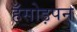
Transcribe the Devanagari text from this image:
हँसोड़पन